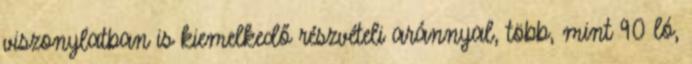
viszonylatban is kiemelkedő részvételi aránnyal, több, mint 90 ló,